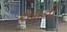
ચમની